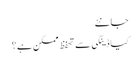
جانئے
کیا ڈینگی سے تحفظ ممکن ہے؟